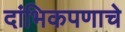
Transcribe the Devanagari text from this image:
दांभिकपणाचे